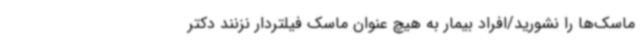
ماسک‌ها را نشورید/افراد بیمار به هیچ عنوان ماسک فیلتردار نزنند دکتر